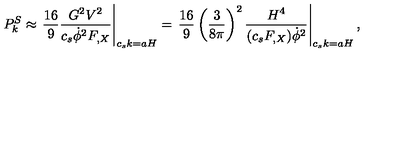
P _ { k } ^ { S } \approx \left. \frac { 1 6 } { 9 } \frac { G ^ { 2 } V ^ { 2 } } { c _ { s } \dot { \phi } ^ { 2 } F _ { , X } } \right| _ { c _ { s } k = a H } = \left. \frac { 1 6 } { 9 } \left( \frac { 3 } { 8 \pi } \right) ^ { 2 } \frac { H ^ { 4 } } { ( c _ { s } F _ { , X } ) \dot { \phi } ^ { 2 } } \right| _ { c _ { s } k = a H } ,